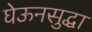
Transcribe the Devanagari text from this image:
घेऊनसुद्धा